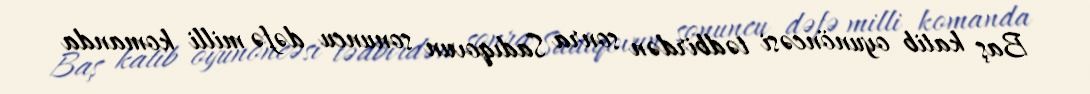
Baş katib oyunöncəsi tədbirdən sonra Sadıqovun sonuncu dəfə milli komanda